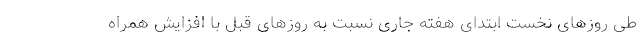
طی روزهای نخست ابتدای هفته جاری نسبت به روزهای قبل با افزایش همراه